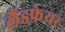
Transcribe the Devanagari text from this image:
लैंडफेयर